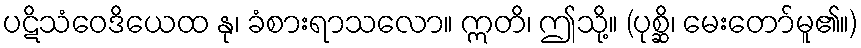
ပဋိသံဝေဒိယေထ နု၊ ခံစားရာသလော။ ဣတိ၊ ဤသို့။ (ပုစ္ဆိ၊ မေးတော်မူ၏။)